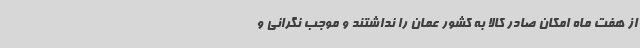
از هفت ماه امکان صادر کالا به کشور عمان را نداشتند و موجب نگرانی و